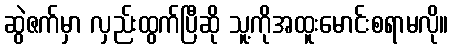
ဆွဲဇက်မှာ လှည်းထွက်ပြီဆို သူ့ကိုအထူးမောင်းစရာမလို။